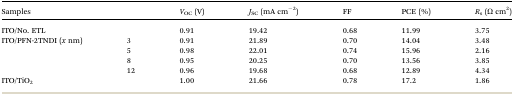
| <COLSPAN=2> Samples | VOC (V) | JSC (mA cm–2) | FF | PCE (%) | Rs (Ω cm2) |
 | --- | --- | --- | --- | --- | --- | --- |
 | <COLSPAN=2> ITO/No. ETL | 0.91 | 19.42 | 0.68 | 11.99 | 3.75 |
 | <ROWSPAN=4> ITO/PFN-2TNDI (x nm) | 3 | 0.91 | 21.89 | 0.70 | 14.04 | 3.48 |
 | 5 | 0.98 | 22.01 | 0.74 | 15.96 | 2.16 |
 | 8 | 0.95 | 20.25 | 0.70 | 13.56 | 3.85 |
 | 12 | 0.96 | 19.68 | 0.68 | 12.89 | 4.34 |
 | <COLSPAN=2> ITO/TiO2 | 1.00 | 21.66 | 0.78 | 17.2 | 1.86 |